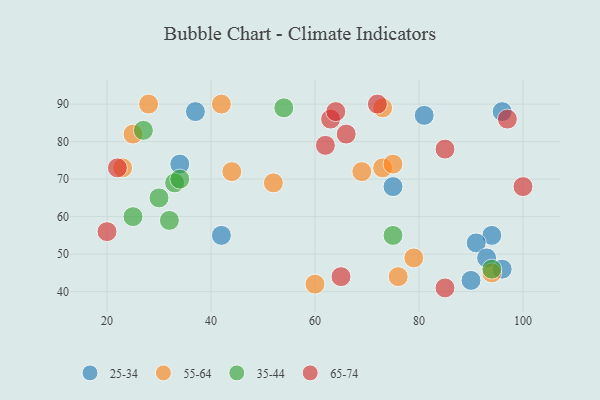
{"axis": {"x": "GDP", "y": "Life Expectancy"}, "legend": ["25-34", "35-44", "55-64", "65-74"], "data": [{"x": "94", "y": 55, "type": "25-34"}, {"x": "81", "y": 87, "type": "25-34"}, {"x": "91", "y": 53, "type": "25-34"}, {"x": "93", "y": 49, "type": "25-34"}, {"x": "34", "y": 74, "type": "25-34"}, {"x": "96", "y": 88, "type": "25-34"}, {"x": "96", "y": 46, "type": "25-34"}, {"x": "75", "y": 68, "type": "25-34"}, {"x": "37", "y": 88, "type": "25-34"}, {"x": "42", "y": 55, "type": "25-34"}, {"x": "90", "y": 43, "type": "25-34"}, {"x": "23", "y": 73, "type": "55-64"}, {"x": "28", "y": 90, "type": "55-64"}, {"x": "94", "y": 45, "type": "55-64"}, {"x": "69", "y": 72, "type": "55-64"}, {"x": "76", "y": 44, "type": "55-64"}, {"x": "42", "y": 90, "type": "55-64"}, {"x": "79", "y": 49, "type": "55-64"}, {"x": "73", "y": 73, "type": "55-64"}, {"x": "25", "y": 82, "type": "55-64"}, {"x": "75", "y": 74, "type": "55-64"}, {"x": "52", "y": 69, "type": "55-64"}, {"x": "44", "y": 72, "type": "55-64"}, {"x": "73", "y": 89, "type": "55-64"}, {"x": "60", "y": 42, "type": "55-64"}, {"x": "94", "y": 46, "type": "35-44"}, {"x": "25", "y": 60, "type": "35-44"}, {"x": "33", "y": 69, "type": "35-44"}, {"x": "34", "y": 70, "type": "35-44"}, {"x": "75", "y": 55, "type": "35-44"}, {"x": "32", "y": 59, "type": "35-44"}, {"x": "27", "y": 83, "type": "35-44"}, {"x": "54", "y": 89, "type": "35-44"}, {"x": "30", "y": 65, "type": "35-44"}, {"x": "72", "y": 90, "type": "65-74"}, {"x": "20", "y": 56, "type": "65-74"}, {"x": "97", "y": 86, "type": "65-74"}, {"x": "65", "y": 44, "type": "65-74"}, {"x": "63", "y": 86, "type": "65-74"}, {"x": "22", "y": 73, "type": "65-74"}, {"x": "66", "y": 82, "type": "65-74"}, {"x": "85", "y": 41, "type": "65-74"}, {"x": "62", "y": 79, "type": "65-74"}, {"x": "64", "y": 88, "type": "65-74"}, {"x": "100", "y": 68, "type": "65-74"}, {"x": "85", "y": 78, "type": "65-74"}]}